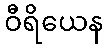
ဝီရိယေန